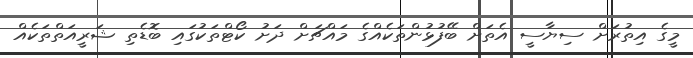
މީގެ އިތުރަށް ސިޔާސީ އެތަށް ބޭފުޅުންތަކެއްގެ މައްޗަށް ދަށު ކޯޓްތަކުގައި ބޮޑެތި ޝަރީއަތްތަކެއް